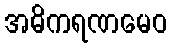
အဓိကရဏမေဝ